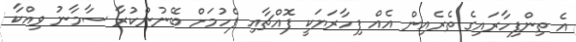
އެ ތިންފިހާރައިގެ ތެރެއިން އެއް ފިހާރަޔަކީ ފޮއްޗާއި ފެހުމަށް ބޭނުންކުރާ ސާމާނު ވިއްކާ